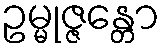
ဥမ္မုဇ္ဇန္တော